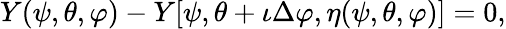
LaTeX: Y(\psi,\theta,\varphi)-Y[\psi,\theta+\iota\Delta\varphi,\eta(\psi,\theta,\varphi)]=0,